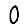
Digit: 0